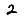
Digit: 2